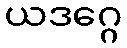
ယဒဂ္ဂေ